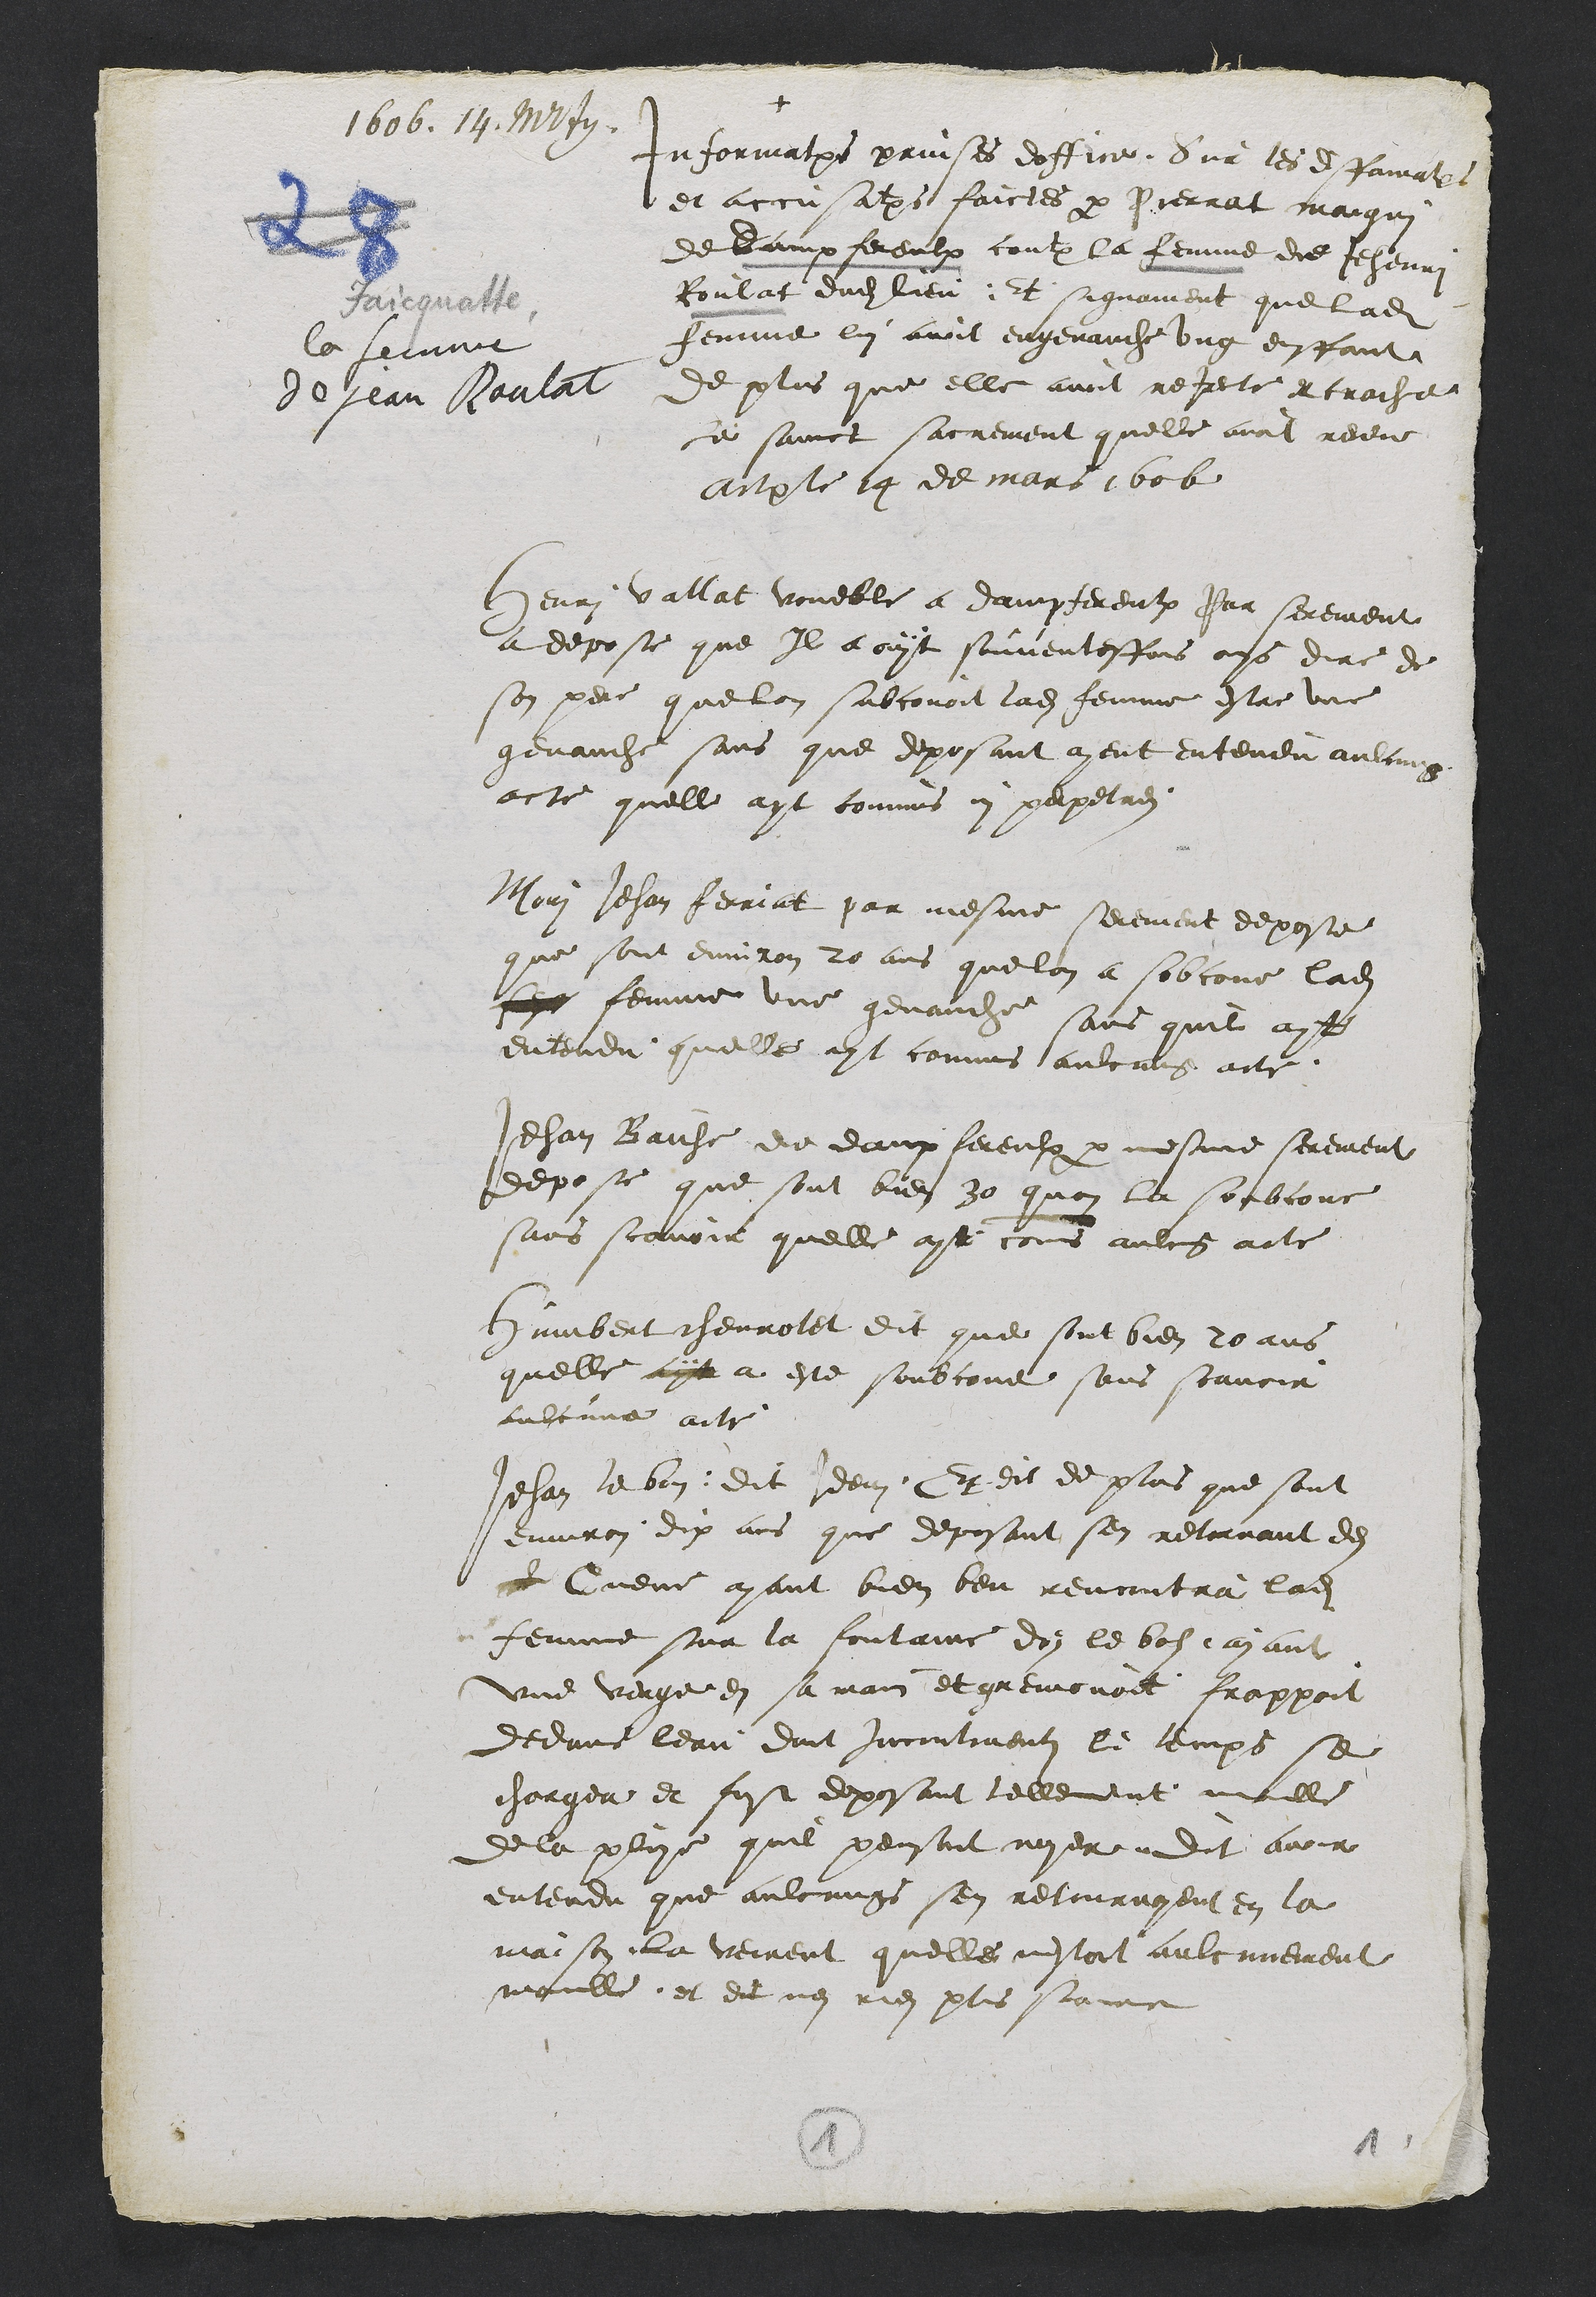
1606. 14. Martii.
la femme
de jean Roulat
+
Informations prinses doffice, Sur les diffamations
et accusations faictes par Pierrat maigui
de dampfereulx contre la femme de Jehenri
Roulat dudit lieu, et signament que ladite
femme lui avoit engenauche ung enffant
de plus que elle avoit rejete et crache
le sainct sacrement quelle avoit receu
Actum le 14 de mars 1606
Henri vallat voueble a dampfereulx Par serement
a depose que Il a ouyt souventesfois oys dire de
son pere que lon subconoit ladite femme estre une
genauche sans que deposant ayent entendu aulcung
acte quelle ayt commis ni perpetres.
Mori Jehan ferriat par mesme serement depose
que sont environ 20 ans que lon a sobcone ladite
??? femme une genauche sans quil ayt
entendu quelle ayt commis aulcung acte.
Jehan Baiche de dampfereulx par mesme serement
depose que sont bien 30 quon la soubcone
sans scavoir quelle ayt commis aulcung acte
Humbert chevrolet dit que sont bien 20 ans
quelle ayt a este soubcone sans scavoir
aulcune acte.
Jehan lebon dit Idem, Et dit de plus que sont
environ dix ans que deposant sen retornant de
? Cueve ayant bien beu rencontra ladite
femme sur la fontaine dos le bos, ayant
une verge en sa main et gremonoit, frappoit
dedans leau, dont incontinent le temps se
chargea et fust deposant tellement moulle
de la pluye quil pensoit noyer, dit avoir
entendu que aulcungs sen retournoyent en la
maison la veirent quelle nestoit aulcunement
moulle, et dit ne rien plus scavoir